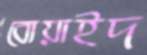
বোয়াইদ